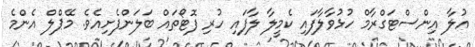
އުލާ އިންސްޓަގްރާމް ހުޅުވާލާފައި ކެމީލާ ލާފައި ހުރި ފޮޓޯތައް ބަލަންފެށިއެވެ. މޭޕްލް އެންމެ